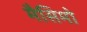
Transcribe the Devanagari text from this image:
मैसिमो